Annual report of the Punjab Veterinary College and of the Civil Veterinary Department, Punjab - 1920-1925
Year: 1920
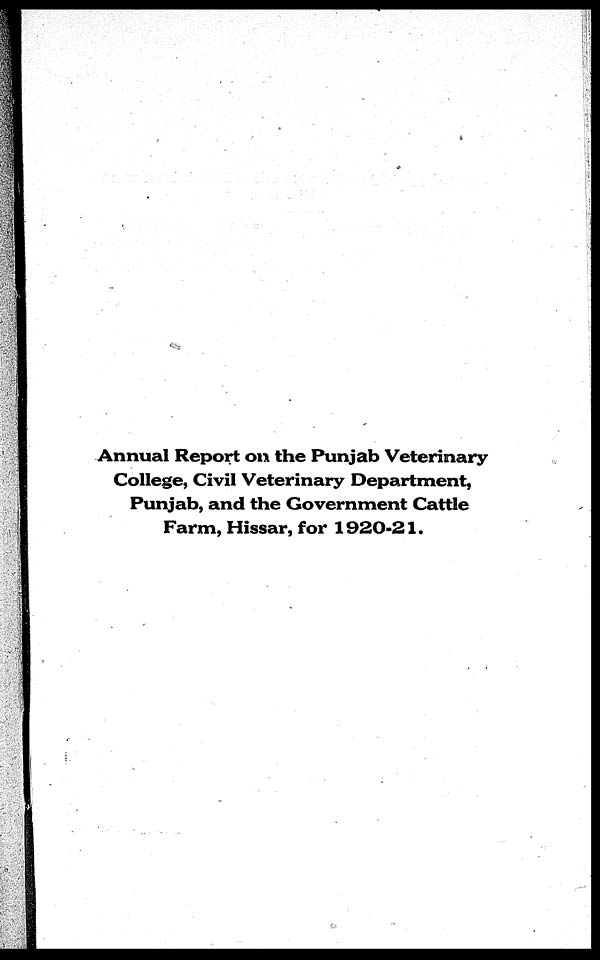
Annual Report on the Punjab Veterinary
College, Civil Veterinary Department,
Punjab, and the Government Cattle
Farm, Hissar, for 1920-21.